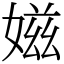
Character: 𡞰